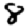
Digit: 8